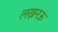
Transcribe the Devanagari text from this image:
लख्ननऊ